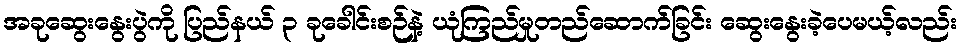
အခုဆွေးနွေးပွဲကို ပြည်နယ် ၃ ခုခေါင်းစဉ်နဲ့ ယုံကြည်မှုတည်ဆောက်ခြင်း ဆွေးနွေးခဲ့ပေမယ့်လည်း